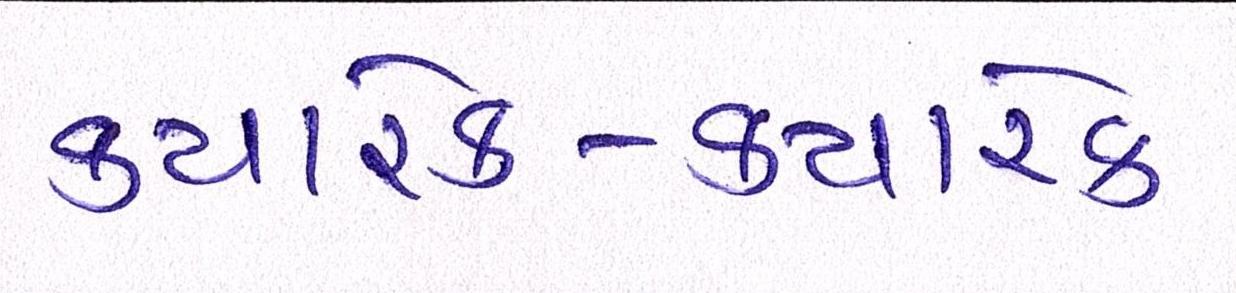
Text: ક્યારેક-ક્યારેક